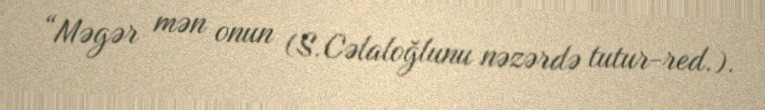
“Məgər mən onun (S.Cəlaloğlunu nəzərdə tutur-red.).